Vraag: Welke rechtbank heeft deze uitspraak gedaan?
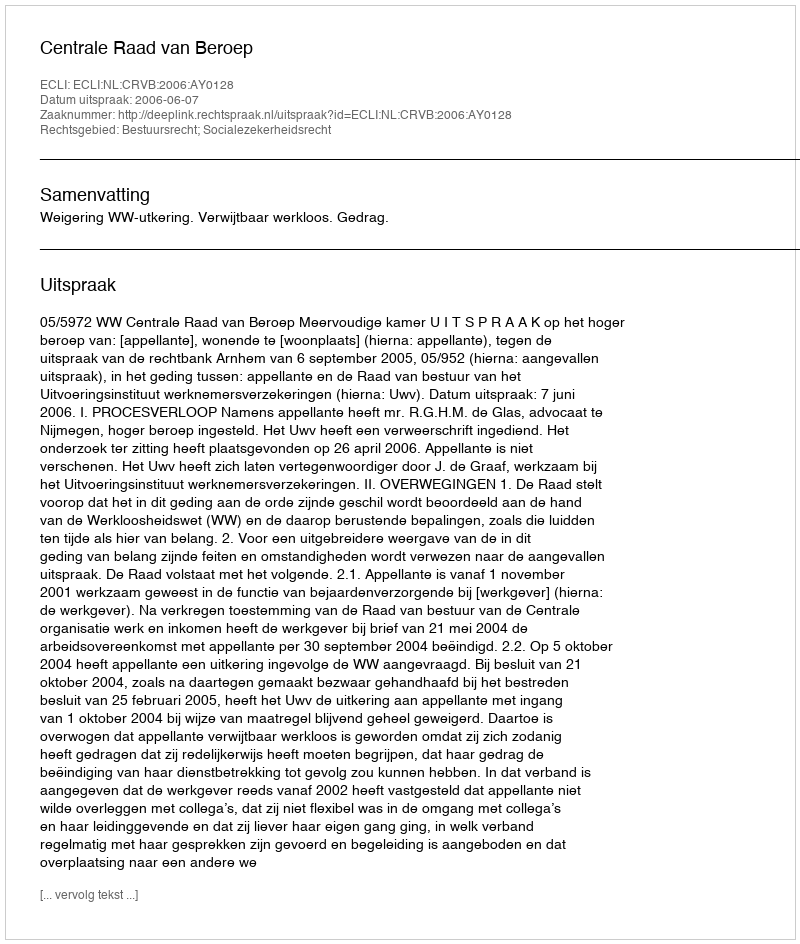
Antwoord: Centrale Raad van Beroep